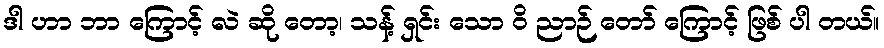
ဒါ ဟာ ဘာ ကြောင့် လဲ ဆို တော့၊ သန့် ရှင်း သော ဝိ ညာဉ် တော် ကြောင့် ဖြစ် ပါ တယ်။